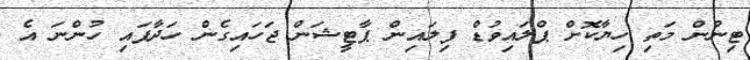
ޓިނުން މަތި ހިޔާކޮށް ޕްލައިވުޑް ފިލައިން ޕާޓީޝަން ޖަހައިގެން ހަދާފައި ހުންނަ އެ